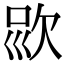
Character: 𣢱